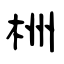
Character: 栦